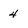
Character: 4